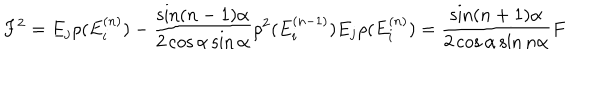
F ^ { 2 } = E _ { j } \rho ( E _ { i } ^ { ( n ) } ) - \frac { \sin ( n - 1 ) \alpha } { 2 \cos \alpha \sin \alpha } \rho ^ { 2 } ( E _ { i } ^ { ( n - 1 ) } ) E _ { j } \rho ( E _ { i } ^ { ( n ) } ) = \frac { \sin ( n + 1 ) \alpha } { 2 \cos \alpha \sin n \alpha } F